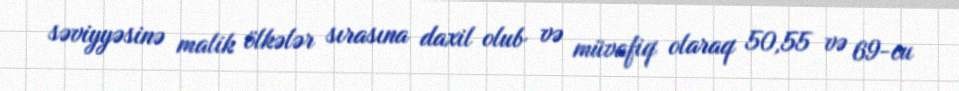
səviyyəsinə malik ölkələr sırasına daxil olub və müvafiq olaraq 50,55 və 69-cu